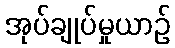
အုပ်ချုပ်မှုယာဉ်